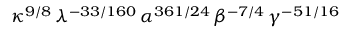
\kappa ^ { 9 / 8 } \, \lambda ^ { - 3 3 / 1 6 0 } \, \alpha ^ { 3 6 1 / 2 4 } \, \beta ^ { - 7 / 4 } \, \gamma ^ { - 5 1 / 1 6 }